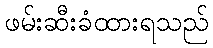
ဖမ်းဆီးခံထားရသည်